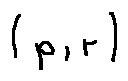
( p , r )